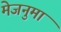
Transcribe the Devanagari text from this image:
मेजनुमा